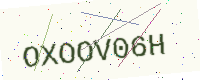
Text: OXOOV06H